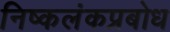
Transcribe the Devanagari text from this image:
निष्कलंकप्रबोध